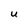
Character: U